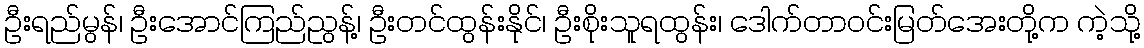
ဦးရည်မွန်၊ ဦးအောင်ကြည်ညွန့်၊ ဦးတင်ထွန်းနိုင်၊ ဦးစိုးသူရထွန်း၊ ဒေါက်တာဝင်းမြတ်အေးတို့က ကဲ့သို့